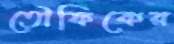
তৌফিকের